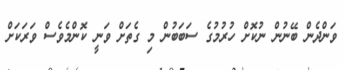
ވަންދެން ބޭނުން ނުކޮށް ހުރުމުގެ ސަބަބުން މި ގެތަށް ވަނީ ކޮންމެވެސް ވަރަކަށް